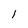
Character: 1